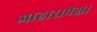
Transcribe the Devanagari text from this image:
आहारापेक्षा